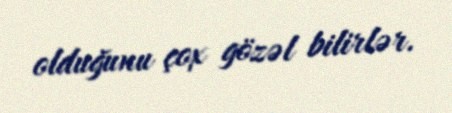
olduğunu çox gözəl bilirlər.